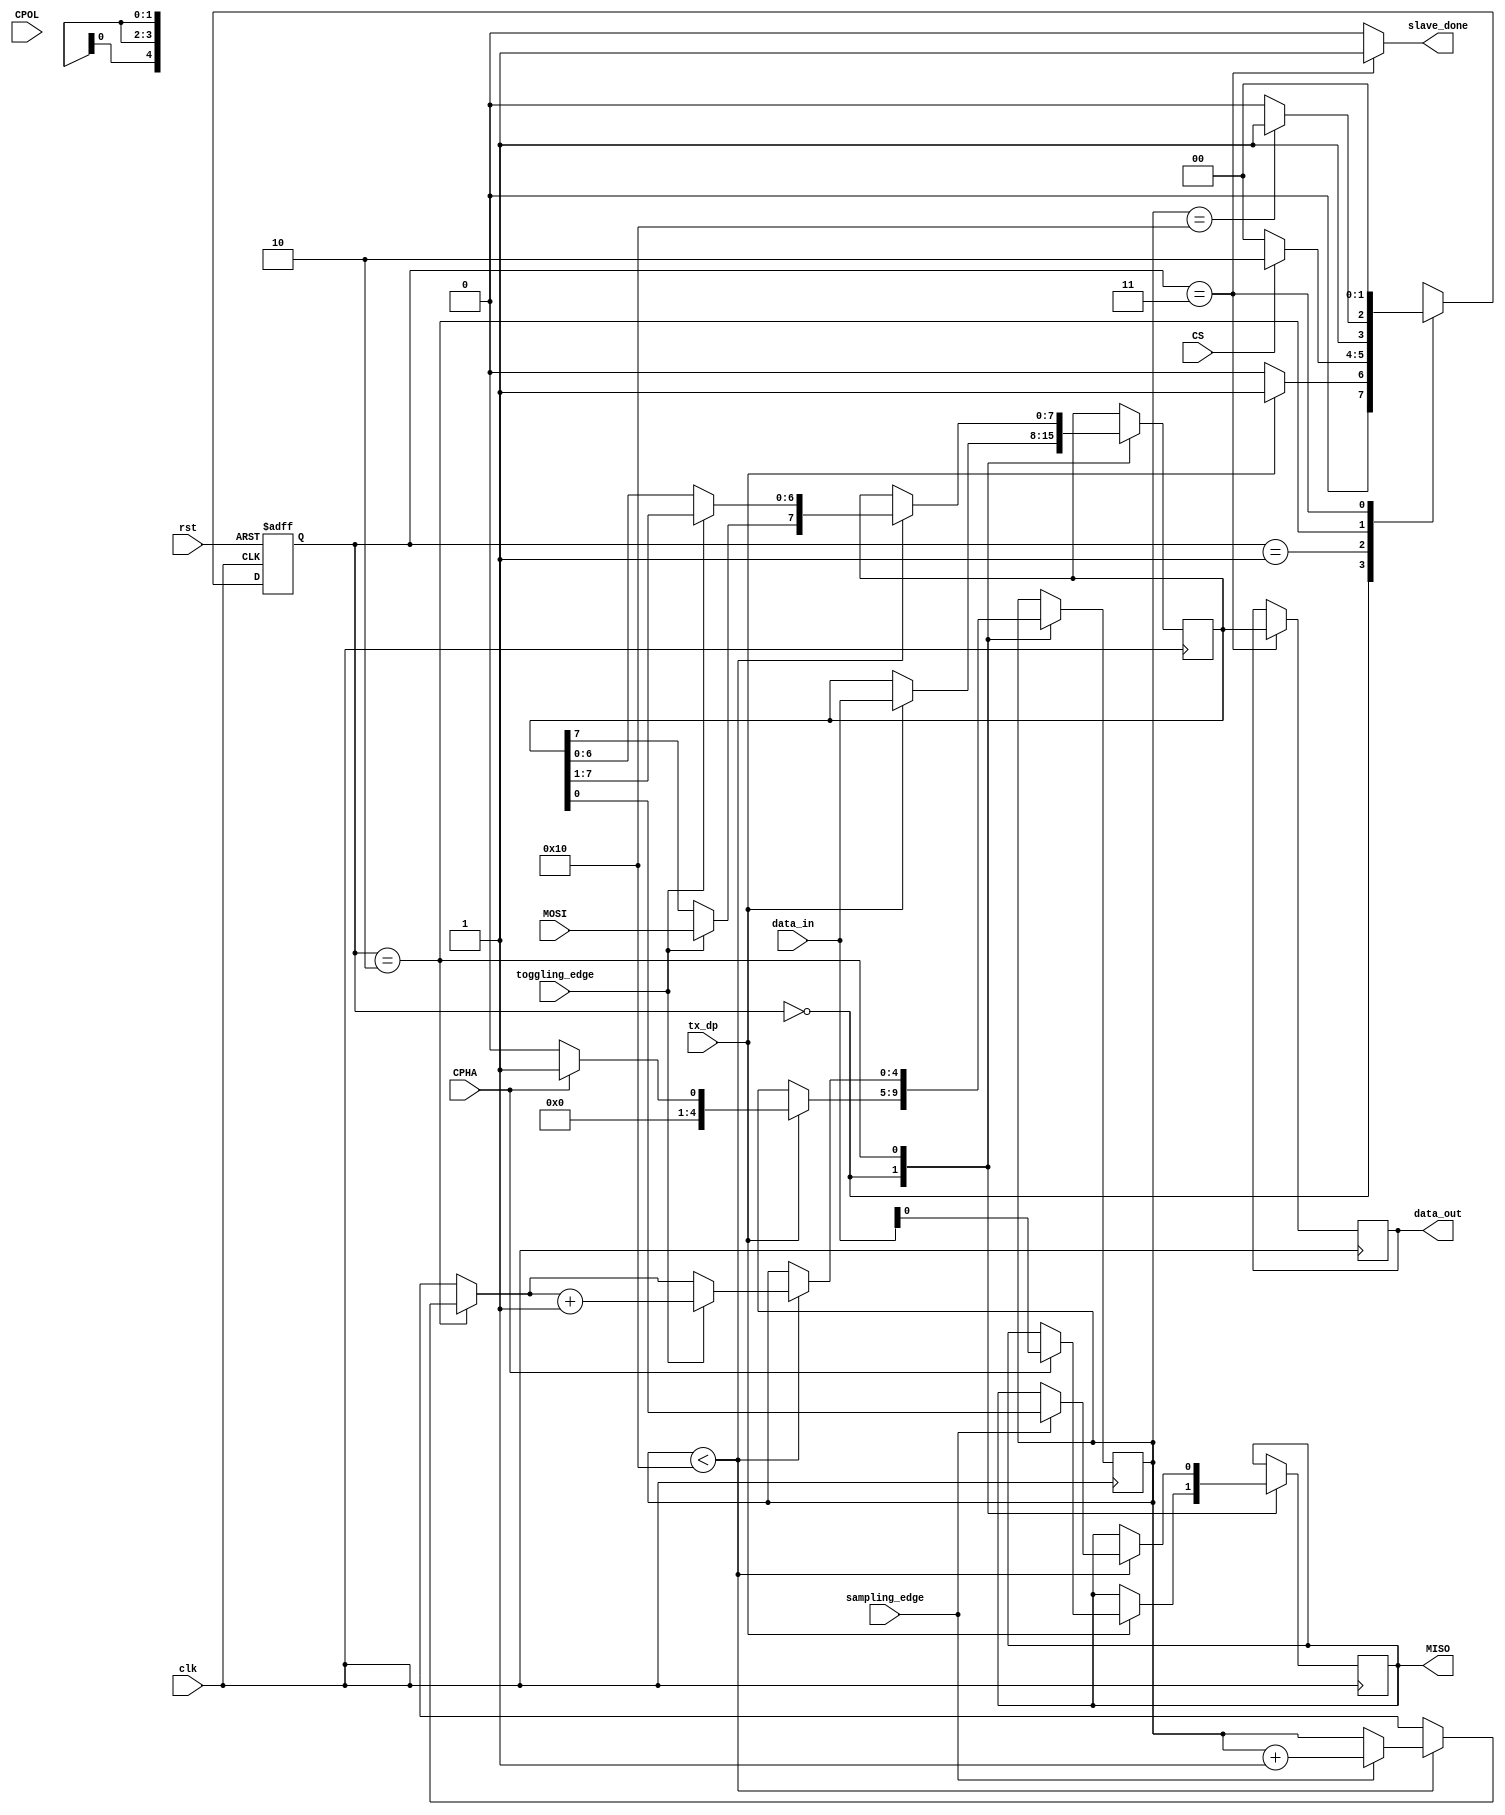
module SLAVE_TRANSFER(clk,rst,data_in,tx_dp,CPHA,sampling_edge,toggling_edge,data_out,MISO,CPOL,MOSI,slave_done,CS
);

input clk,rst,CPHA,toggling_edge,sampling_edge,MOSI,CPOL,tx_dp,CS;

input [7:0] data_in;

output reg [7:0] data_out;

output reg MISO;
output slave_done;

reg [7:0] r_byte;

reg [4:0] index;

parameter IDEAL = 2'd0,
          CHECK = 2'd1,
          TRANSFER =2'd2,
			 END =2'd3;

reg [1:0] current=IDEAL,next;

assign slave_done=(current==END)?1:0;

always@(posedge clk)
begin

case(current)

IDEAL :
       begin
		 if(tx_dp)
			begin
			r_byte=data_in;
			if(CPHA)
			begin
			MISO=r_byte[0];
			index=5'd1;
			end
			else
		   index=5'd0;
			
			end

		 end

TRANSFER :
          begin
	       if(index<5'd16)
           begin

			   if(sampling_edge)
				begin
                MISO=r_byte[0];
                index=index+5'd1;
				end
				if(toggling_edge)
		         begin
			       r_byte=r_byte>>1'd1;
					 r_byte[7]=MOSI; 
                index=index+5'd1;
	            end		
				
            end
				 end

END :
     begin
       data_out=r_byte;
     end	  

endcase

end


always@(*)
begin

case(current)

IDEAL :
       begin
		 
		 if(tx_dp)
		 begin	 
		 next=CHECK;
		 end
		 
		 else
		 next=IDEAL;
		 
		 end

CHECK :
       begin

       if(CS==1'd1)
		 next=TRANSFER;
		 else 
		 next=IDEAL;

       end		 
		 
		 
TRANSFER :
          begin
	
                if(index==5'd16)
             next=END;
               else
					 next=TRANSFER;

            end

			
END :
     begin
		 next=IDEAL; 
     end	 
	  
	  

endcase

end

always@(posedge clk or posedge rst)
begin

if(rst)
begin
current=IDEAL;
end

else
begin

current=next;

end

end

endmodule